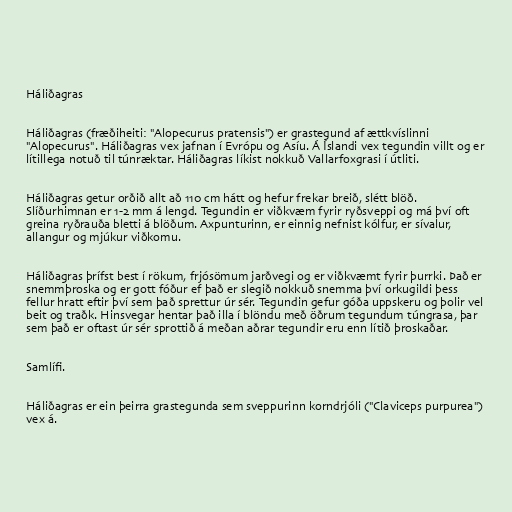
Háliðagras

Háliðagras (fræðiheiti: "Alopecurus pratensis") er grastegund af ættkvíslinni
"Alopecurus". Háliðagras vex jafnan í Evrópu og Asíu. Á Íslandi vex tegundin villt og er
lítillega notuð til túnræktar. Háliðagras líkist nokkuð Vallarfoxgrasi í útliti.

Háliðagras getur orðið allt að 110 cm hátt og hefur frekar breið, slétt blöð.
Slíðurhimnan er 1-2 mm á lengd. Tegundin er viðkvæm fyrir ryðsveppi og má því oft
greina ryðrauða bletti á blöðum. Axpunturinn, er einnig nefnist kólfur, er sívalur,
allangur og mjúkur viðkomu.

Háliðagras þrífst best í rökum, frjósömum jarðvegi og er viðkvæmt fyrir þurrki. Það er
snemmþroska og er gott fóður ef það er slegið nokkuð snemma því orkugildi þess
fellur hratt eftir því sem það sprettur úr sér. Tegundin gefur góða uppskeru og þolir vel
beit og traðk. Hinsvegar hentar það illa í blöndu með öðrum tegundum túngrasa, þar
sem það er oftast úr sér sprottið á meðan aðrar tegundir eru enn lítið þroskaðar.

Samlífi.

Háliðagras er ein þeirra grastegunda sem sveppurinn korndrjóli ("Claviceps purpurea")
vex á.